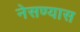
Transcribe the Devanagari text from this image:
नेसण्यास